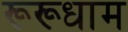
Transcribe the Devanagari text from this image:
रूरूधाम